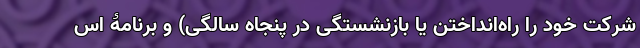
شرکت خود را راه‌انداختن یا بازنشستگی در پنجاه سالگی)‌ و برنامۀ اس